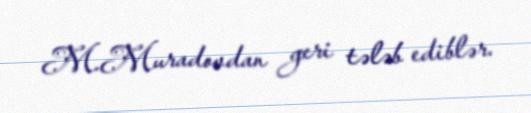
M.Muradovdan geri tələb ediblər.